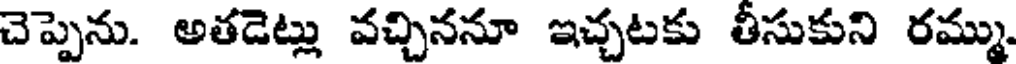
చెప్పెను. అతడెట్లు వచ్చిననూ ఇచ్చటకు తీసుకుని రమ్ము.